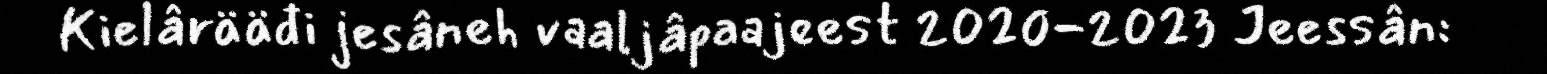
Kielârääđi jesâneh vaaljâpaajeest 2020-2023 Jeessân: